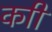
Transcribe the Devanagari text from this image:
काी